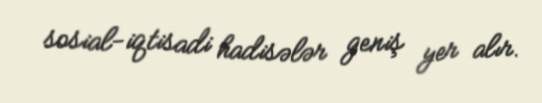
sosial-iqtisadi hadisələr geniş yer alır.